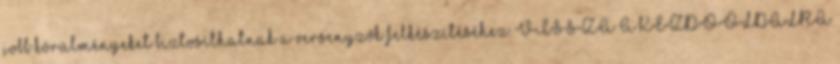
jobb körülményeket biztosíthatnak a versenyzők felkészítéséhez. VISSZA A KEZDŐOLDALRA